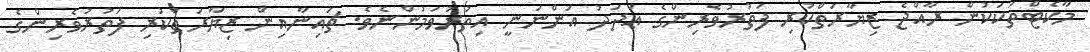
މާކެޓްތަކަކުން ރާއްޖެ ޒިޔާރަތްކުރި ފަތުރުވެރިންގެ ޢަދަދު އަންނަނީ އިތުރުވަމުންނެވެ. ޗައިނާއިން ޒިޔާރަތްކުރި ފަތުރުވެރިންގެ